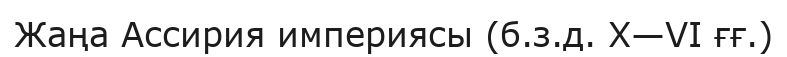
Жаңа Ассирия империясы (б.з.д. X—VI ғғ.)